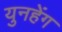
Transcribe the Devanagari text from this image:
युनहेंग